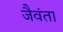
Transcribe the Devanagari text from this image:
जैवंता